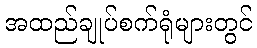
အထည်ချုပ်စက်ရုံများတွင်